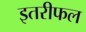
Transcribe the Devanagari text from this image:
इतरीफल